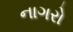
નાગરો